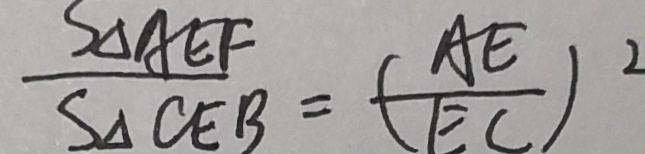
\frac { S _ { \Delta } A E F } { S _ { \Delta } C E B } = ( \frac { A E } { E C } ) ^ { 2 }